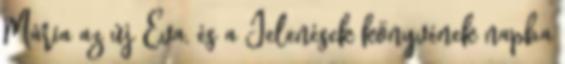
Mária az új Éva, és a Jelenések könyvének napba